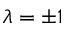
\lambda = \pm 1